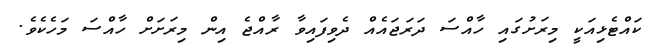
ކައްޓެޅިއަކީ މިރަށުގައި ހާއްސަ ދަރަޖައެއް ދެވިފައިވާ ރާއްޖެ އިން މިރަށަށް ހާއްސަ މަހެކެވެ.